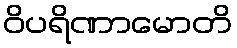
ဝိပရိဏာမောတိ